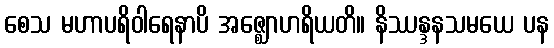
စေသ မဟာပရိဝါရေနာပိ အဇ္ဈောဟရိယတိ။ နိဿန္ဒနသမယေ ပန